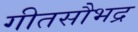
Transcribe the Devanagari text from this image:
गीतसौभद्र